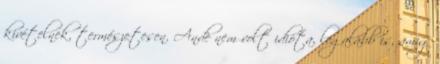
kivételnek, természetesen. Andè nem volt idióta, legalább is, amig